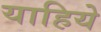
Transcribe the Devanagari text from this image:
याहिये